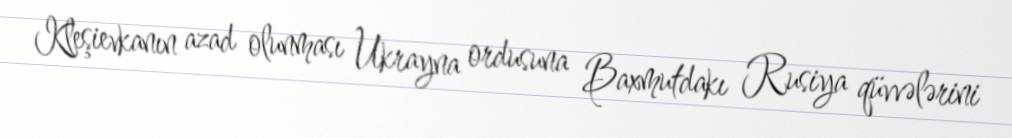
Kleşievkanın azad olunması Ukrayna ordusuna Baxmutdakı Rusiya qüvvələrini